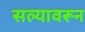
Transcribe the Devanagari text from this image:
सल्यावरून